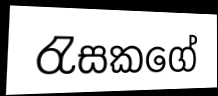
රැසකගේ